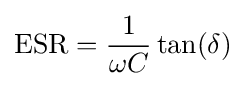
{\text{ESR}}={\frac {1}{\omega C}}\tan(\delta )